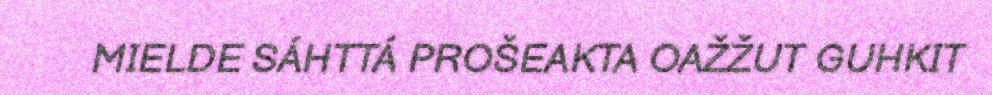
MIELDE SÁHTTÁ PROŠEAKTA OAŽŽUT GUHKIT